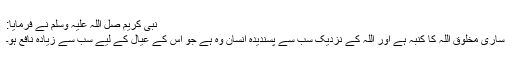
نبی کریم صل اللہ علیہ وسلم نے فرمایا:
ساری مخلوق اللہ کا کنبہ ہے اور اللہ کے نزدیک سب سے پسندیدہ انسان وہ ہے جو اس کے عیال کے لیے سب سے زیادہ نافع ہو۔